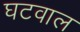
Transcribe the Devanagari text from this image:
घटवाल